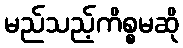
မည်သည့်ကိစ္စမဆို